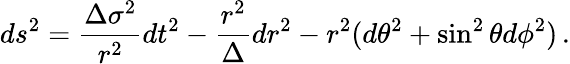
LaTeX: ds^{2}=\frac{\Delta\sigma^{2}}{r^{2}}dt^{2}-\frac{r^{2}}{\Delta}dr^{2}-r^{2}(d\theta^{2}+\sin^{2}\theta d\phi^{2})\, .